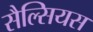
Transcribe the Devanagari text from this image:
सैल्सियस